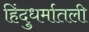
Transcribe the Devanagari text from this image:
हिंदुधर्मातली